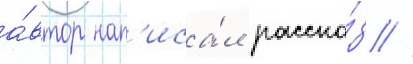
а́втор нап'иса́л расска́з /